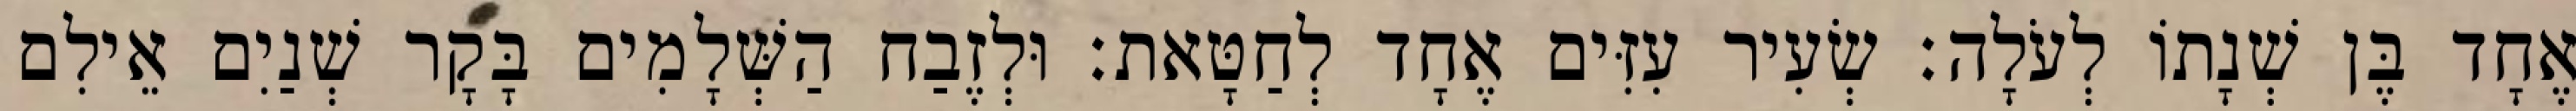
אֶחָד בֶּן שְׁנָתוֹ לְעֹלָה׃ שְׂעִיר עִזִּים אֶחָד לְחַטָּאת׃ וּלְזֶבַח הַשְּׁלָמִים בָּקָר שְׁנַיִם אֵילִם